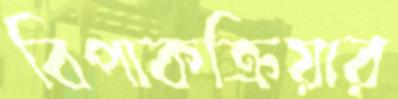
বিপাকক্রিয়ার